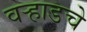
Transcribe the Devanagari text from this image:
वर्‍हाडचे